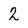
Character: 2